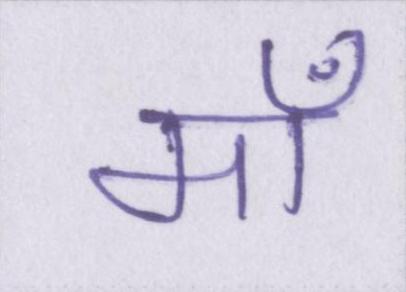
माँ